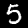
Digit: 5